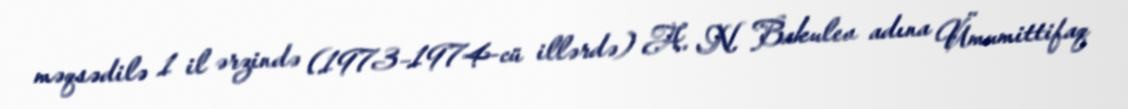
məqsədilə 1 il ərzində (1973–1974-cü illərdə) A. N. Bakulev adına Ümumittifaq